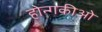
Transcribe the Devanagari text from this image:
होन्गकीओ